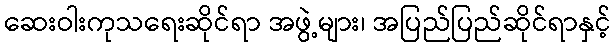
ဆေးဝါးကုသရေးဆိုင်ရာ အဖွဲ့များ၊ အပြည်ပြည်ဆိုင်ရာနှင့်